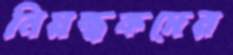
নিয়ন্ত্রকদের